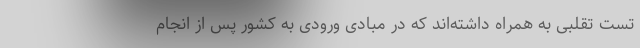
تست تقلبی به همراه داشته‌اند که در مبادی ورودی به کشور پس از انجام